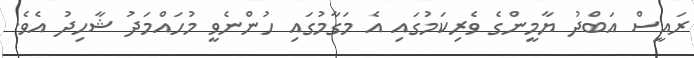
ރައީސް އަބްދު ޔާމީންގެ ވެރިކަމުގައި އެ މަގާމުގައި ހުންނެވީ މުހައްމަދު ޝާހިދު އެވެ.